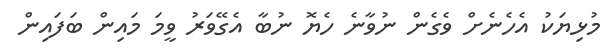
މުޅިޔަކު އެހެނެށް ވެގެން ނުވާނެ ހެޔޮ ނުބާ އެގޭވަރު ވީމަ މައިން ބަފައިން